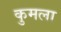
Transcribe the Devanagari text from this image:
कुमला